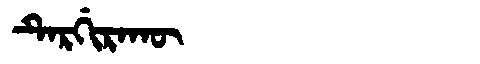
Manchu: ᡨᡝᡵᡤᡳᡵᠠᡴᡡ
Romanization: TERGIRAKŪ